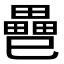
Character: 𢁐